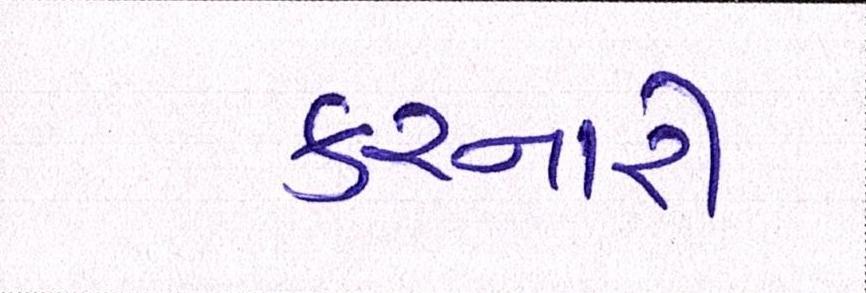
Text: કરનારી